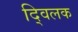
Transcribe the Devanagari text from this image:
द्विलक